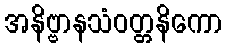
အနိဗ္ဗာနသံဝတ္တနိကော